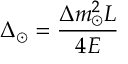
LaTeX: \Delta _ { \odot } = { \frac { \Delta m _ { \odot } ^ { 2 } L } { 4 E } }